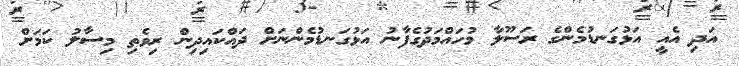
އަދި އެއީ އަޅުގަނޑުމެންގެ ރަސޫލާ މުހައްމަދުގެފާނު އަޅުގަނޑުމެންނަށް ދައްކައިދިން ރިވެތި މިސާލު ކަމަށް